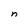
Character: n